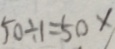
5 0 \div 1 = 5 0 \times